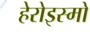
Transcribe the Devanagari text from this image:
हेरोइस्मो